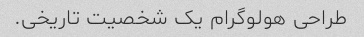
طراحی هولوگرام یک شخصیت تاریخی.